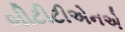
બીટીટીએનએ